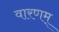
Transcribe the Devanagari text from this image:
वारणम्